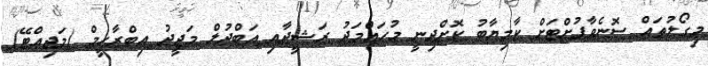
މިގޯލުތައް ސޮނެވާފުށްޓަށް ކާމިޔާބު ކޮށްދިނީ މުހައްމަދު ރަޝީދާއި އަބްދުލް މަޖީދު އިބްރާހީމް (މަޖިއްޓޭ)